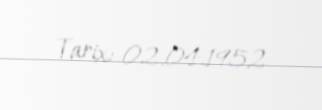
Tarix: 02.04.1952